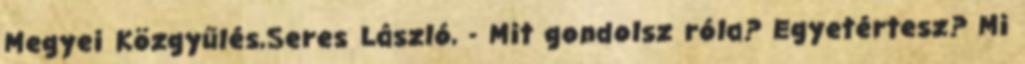
Megyei Közgyűlés,Seres László, - Mit gondolsz róla? Egyetértesz? Mi